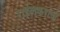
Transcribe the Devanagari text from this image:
राईलकरांची